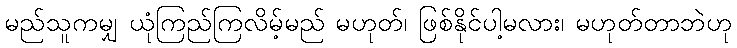
မည်သူကမျှ ယုံကြည်ကြလိမ့်မည် မဟုတ်၊ ဖြစ်နိုင်ပါ့မလား၊ မဟုတ်တာဘဲဟု